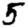
Digit: 5